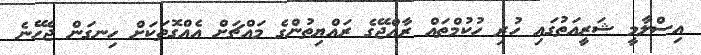
އިސްލާމީ ޝަރީއަތުގައި ހުރި ހުކުމްތައް ރާއްޖޭގެ ރައްޔިތުންގެ މައްޗަށް އެއްގޮތަކަށް ހިނގަން ޖެހޭނެ